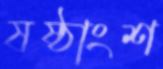
ষষ্ঠাংশ